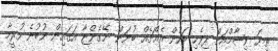
ތިޔަ ވިޝާމްއަށް ދިވެހި ބަހުން އެއްޗެއް ބުނަން ނޭގެންޏާ އަގައިން ނުބުނެ ހުރީމާ